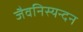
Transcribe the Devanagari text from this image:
जैवनिस्यन्दन